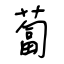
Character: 蔔